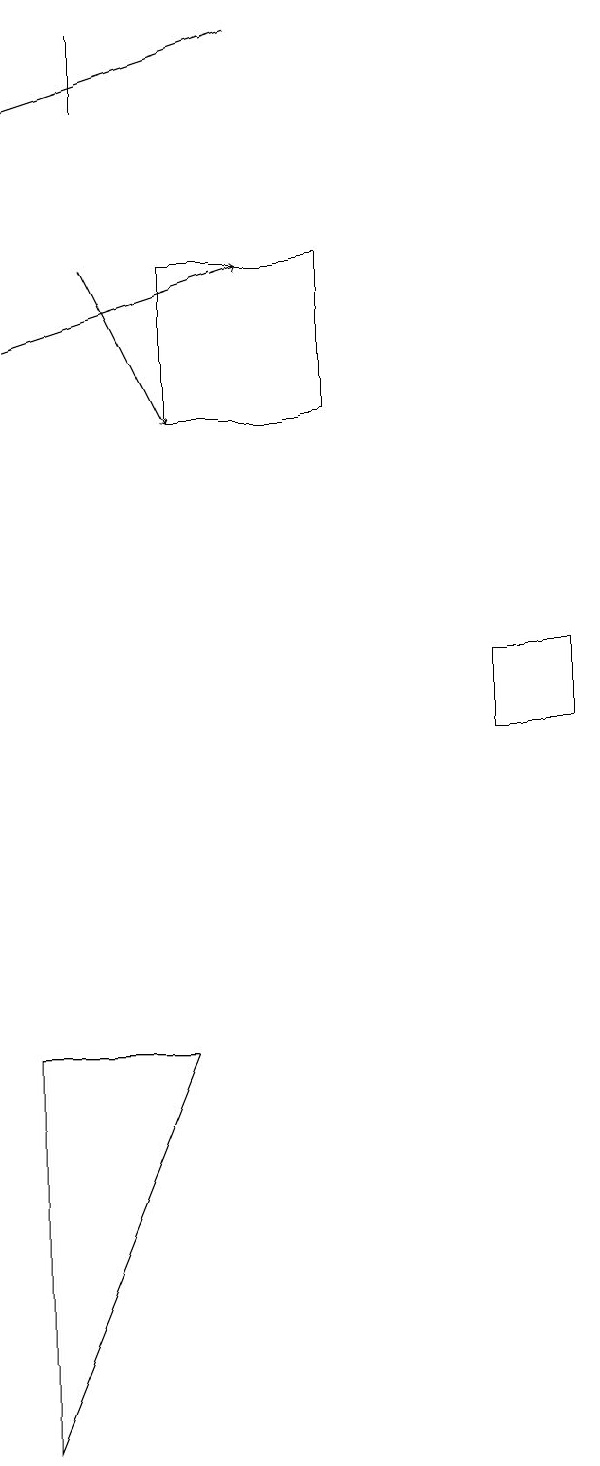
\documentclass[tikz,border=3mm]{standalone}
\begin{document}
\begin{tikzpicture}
\draw (2,6) -- (2,1) -- (4,6) -- cycle;
\draw[->] (5,19) -- (2,18);
\draw (9,11) rectangle (8,10);
\draw (3,19) rectangle (3,18);
\draw[->] (2,15) -- (5,16);
\draw[->] (3,16) -- (4,14);
\draw (4,14) rectangle (6,16);
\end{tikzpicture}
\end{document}